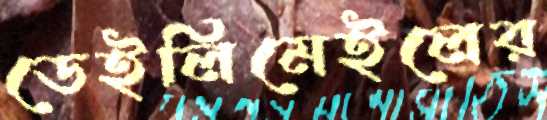
ডেইলিমেইলের